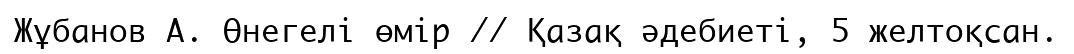
Жұбанов А. Өнегелі өмір // Қазақ әдебиеті, 5 желтоқсан.